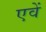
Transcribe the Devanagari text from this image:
एवें